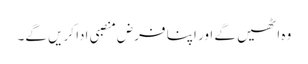
وہ اٹھیں گے اور اپنا فرض منصبی ادا کریں گے۔